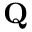
{ \mathbf { Q } }